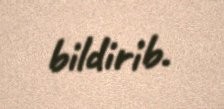
bildirib.